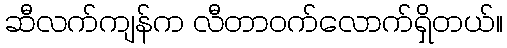
ဆီလက်ကျန်က လီတာဝက်လောက်ရှိတယ်။